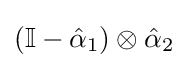
(\mathbb {I} -{\hat {\alpha }}_{1})\otimes {\hat {\alpha }}_{2}